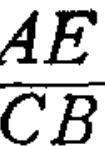
\(\frac{AE}{CB}\)